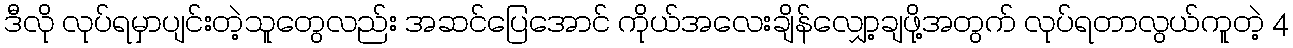
ဒီလို လုပ်ရမှာပျင်းတဲ့သူတွေလည်း အဆင်ပြေအောင် ကိုယ်အလေးချိန်လျှော့ချဖို့အတွက် လုပ်ရတာလွယ်ကူတဲ့ 4